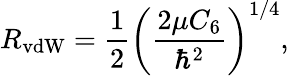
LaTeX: R_{\mathrm{vdW}}=\frac{1}{2}\left(\frac{2\mu C_{6}}{\hbar^{2}}\right)^{1/4},